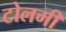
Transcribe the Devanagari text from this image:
टोलमी